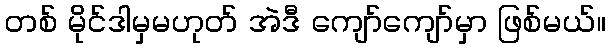
တစ် မိုင်ဒါမှမဟုတ် အဲဒီ ကျော်ကျော်မှာ ဖြစ်မယ်။